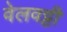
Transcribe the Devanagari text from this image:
वेलवट्टी